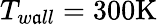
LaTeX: T_{w\mathfrak{a}ll}=300\mathrm{{K}}